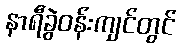
နာရီခွဲဝန်းကျင်တွင်